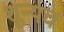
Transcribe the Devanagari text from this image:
शून्यच